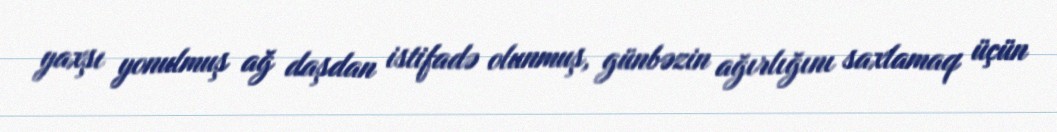
yaxşı yonulmuş ağ daşdan istifadə olunmuş, günbəzin ağırlığını saxlamaq üçün